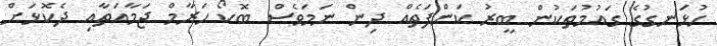
ހުޅަނގުގެ ގައުމުތަކުން ބީރު ކަންފަތެއް ދިން ނަމަވެސް ބޮކޯ ހަރާމް ޖަމާއަތާއި ދެކޮޅަށް